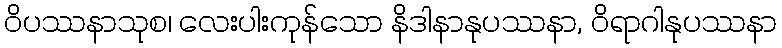
ဝိပဿနာသုစ၊ လေးပါးကုန်သော နိဒါနာနုပဿနာ, ဝိရာဂါနုပဿနာ